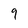
Character: 9